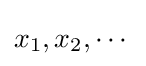
x_{1},x_{2},\cdots